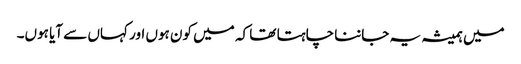
میں ہمیشہ یہ جاننا چاہتا تھا کہ میں کون ہوں اور کہاں سے آیا ہوں۔